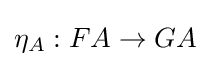
\eta _{A}:FA\rightarrow GA